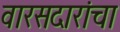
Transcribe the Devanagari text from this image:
वारसदारांचा